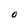
Character: O